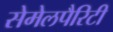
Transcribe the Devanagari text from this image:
सेमेलपैरिटी